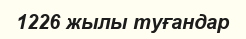
1226 жылы туғандар